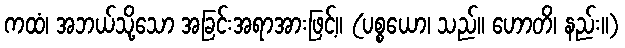
ကထံ၊ အဘယ်သို့သော အခြင်းအရာအားဖြင့်။ (ပစ္စယော၊ သည်။ ဟောတိ၊ နည်း။)